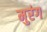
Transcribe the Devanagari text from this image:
मुरंग